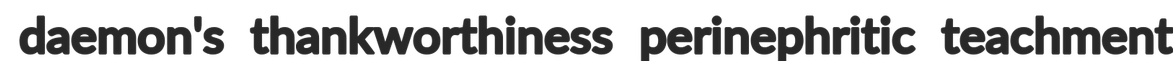
daemon's thankworthiness perinephritic teachment